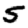
Digit: 5